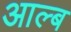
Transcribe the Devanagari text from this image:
आल्ब